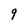
Character: 9